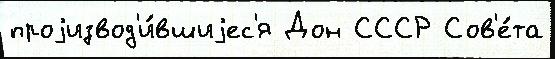
проjизвод'и́вшиjес'я Дон СССР Сов'е́та